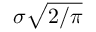
\sigma { \sqrt { 2 / \pi } }